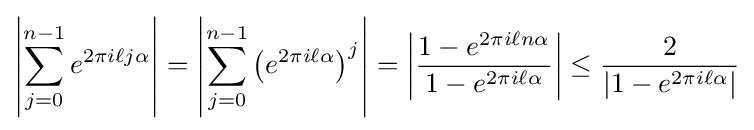
\left|\sum _{j=0}^{n-1}e^{2\pi i\ell j\alpha }\right|=\left|\sum _{j=0}^{n-1}\left(e^{2\pi i\ell \alpha }\right)^{j}\right|=\left|{\frac {1-e^{2\pi i\ell n\alpha }}{1-e^{2\pi i\ell \alpha }}}\right|\leq {\frac {2}{\left|1-e^{2\pi i\ell \alpha }\right|}}